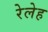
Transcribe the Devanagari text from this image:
रेलेह